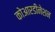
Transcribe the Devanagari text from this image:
कोआरडीनेशन